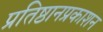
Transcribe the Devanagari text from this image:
प्रतिष्ठानप्रकाशन